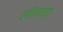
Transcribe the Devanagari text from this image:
लॉन्चहुए